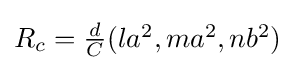
{\textstyle {R_{c}}={\frac {d}{C}}(la^{2},ma^{2},nb^{2})}